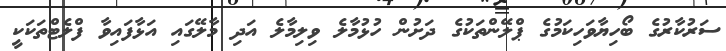
ސަރުކާރުގެ ބޯހިޔާވަހިކަމުގެ ޕްލޭންތަކުގެ ދަށުން ހުޅުމާލެ ވިލިމާލެ އަދި މާލޭގައި އަޅާފައިވާ ފްލެޓްތަކަކީ